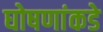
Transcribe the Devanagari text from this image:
घोषणांकडे